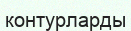
контурларды